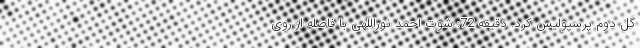
گل دوم پرسپولیس کرد. دقیقه 72: شوت احمد نوراللهی با فاصله از روی